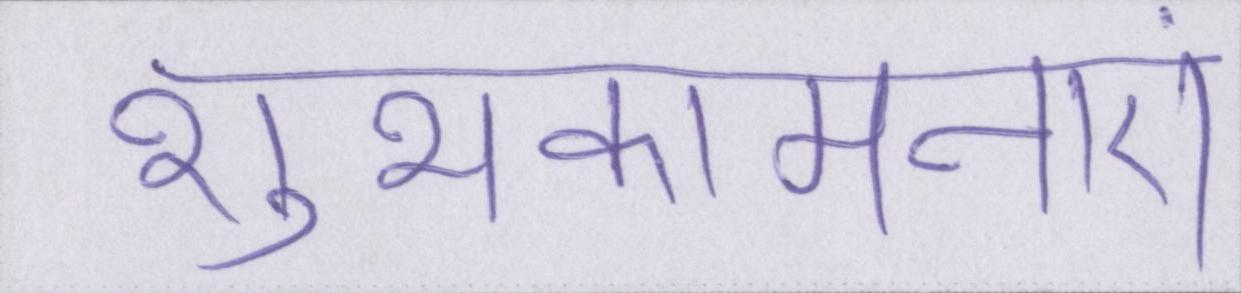
शुभकामनाएं